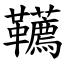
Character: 韉